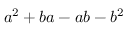
a ^ { 2 } + b a - a b - b ^ { 2 }